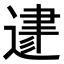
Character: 𨔥